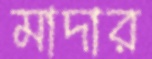
মাদার